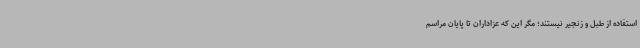
استفاده از طبل و زنجیر نیستند؛ مگر این که عزاداران تا پایان مراسم